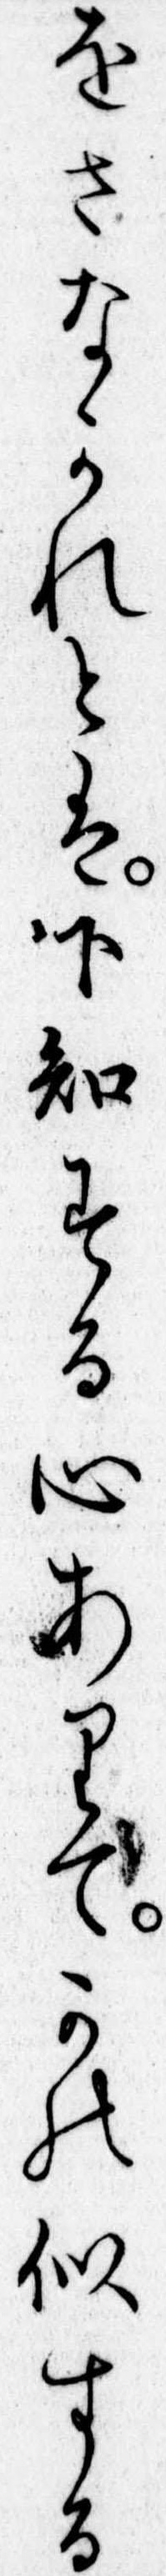
をさなかれとは下知する心ありてかの似する